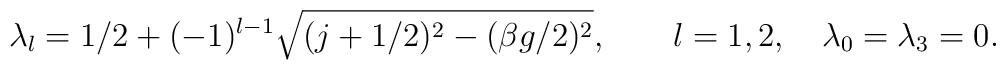
\lambda_{l}=1/2 + (-1)^{l-1} \sqrt{(j+1/2)^{2} - (\beta g / 2)^{2}},\qquad l=1,2,\quad \lambda_{0} = \lambda_{3} = 0.